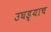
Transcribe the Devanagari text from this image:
उघड्याच